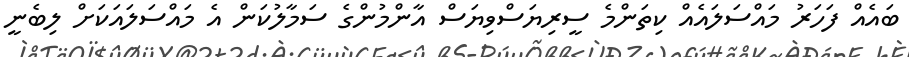
ބައެއް ފަހަރު މައްސަލައެއް ކިތަންމެ ސީރިޔަސްވިޔަސް އާންމުންގެ ސަމާލުކަން އެ މައްސަލައަކަށް ލިބެނީ